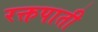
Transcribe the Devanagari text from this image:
रक्तपाती